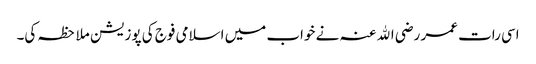
اسی رات عمر رضی اﷲ عنہ نے خواب میں اسلامی فوج کی پوزیشن ملاحظہ کی۔